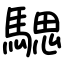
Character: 騦